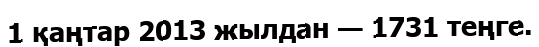
1 қаңтар 2013 жылдан — 1731 теңге.